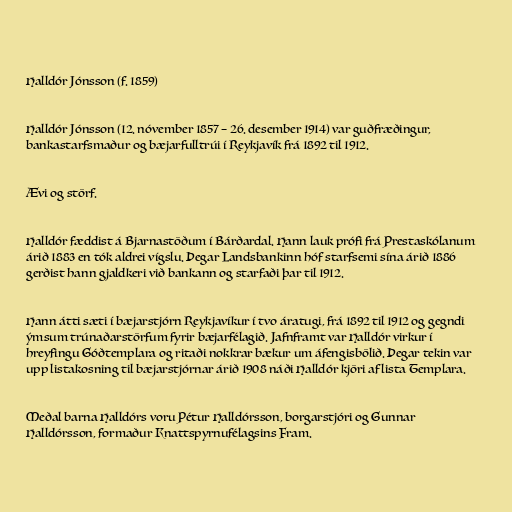
Halldór Jónsson (f. 1859)

Halldór Jónsson (12. nóvember 1857 – 26. desember 1914) var guðfræðingur,
bankastarfsmaður og bæjarfulltrúi í Reykjavík frá 1892 til 1912.

Ævi og störf.

Halldór fæddist á Bjarnastöðum í Bárðardal. Hann lauk prófi frá Prestaskólanum
árið 1883 en tók aldrei vígslu. Þegar Landsbankinn hóf starfsemi sína árið 1886
gerðist hann gjaldkeri við bankann og starfaði þar til 1912.

Hann átti sæti í bæjarstjórn Reykjavíkur í tvo áratugi, frá 1892 til 1912 og gegndi
ýmsum trúnaðarstörfum fyrir bæjarfélagið. Jafnframt var Halldór virkur í
hreyfingu Góðtemplara og ritaði nokkrar bækur um áfengisbölið. Þegar tekin var
upp listakosning til bæjarstjórnar árið 1908 náði Halldór kjöri af lista Templara.

Meðal barna Halldórs voru Pétur Halldórsson, borgarstjóri og Gunnar
Halldórsson, formaður Knattspyrnufélagsins Fram.